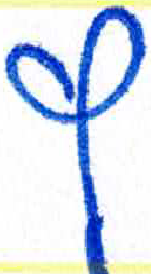
אות: ץ